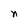
Character: n